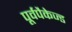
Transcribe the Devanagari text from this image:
पूर्वपैकेज्ड